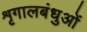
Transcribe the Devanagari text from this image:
शृगालबंधुओं